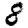
Digit: 8